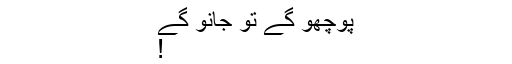
پوچھو گے تو جانو گے
!